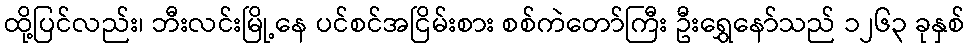
ထို့ပြင်လည်း၊ ဘီးလင်းမြို့နေ ပင်စင်အငြိမ်းစား စစ်ကဲတော်ကြီး ဦးရွှေနော်သည် ၁၂၆၃ ခုနှစ်